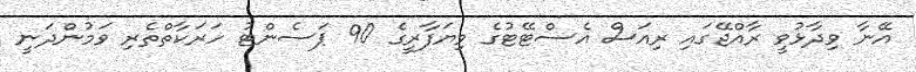
އޭނާ ވިދާޅުވީ ރާއްޖޭގައި ރިއަސް އެސްޓޭޓުގެ ވިޔަފާރީގެ 90 ޕަސެންޓު ހަރަކާތްތެރި ވަމުންދަނީ